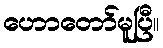
ဟောတော်မူပြီ။